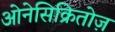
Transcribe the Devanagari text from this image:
ओनेसिक्रितोज़